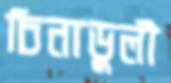
চিনাডুলী